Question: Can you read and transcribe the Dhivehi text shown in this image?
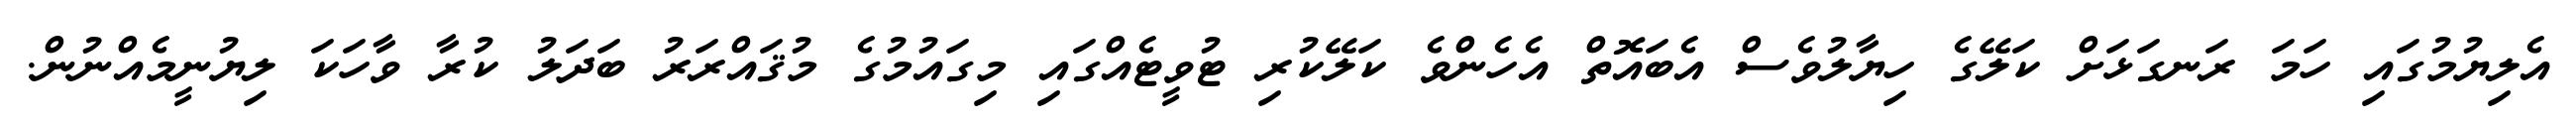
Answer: އެލިޔުމުގައި ހަމަ ރަނގަޅަށް ކަލޭގެ ހިޔާލުވެސް އެބައޮތް އެހެންވެ ކަލޭކުރި ޓުވީޓެއްގައި މިގައުމުގެ މުޤައްރަރު ބަދަލު ކުރާ ވާހަކަ ލިޔުނީމެއްނުން.